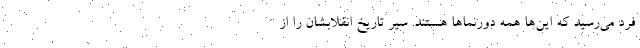
فرد می‌رسید که این‌ها همه دورنماها هستند. سیر تاریخ انقلابشان را از